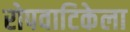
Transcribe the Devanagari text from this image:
रोपवाटिकेला